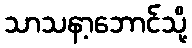
သာသနာ့ဘောင်သို့